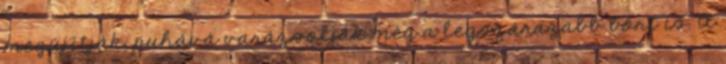
megújítják, puhává varázsolják még a legszárazabb bőrt is. A